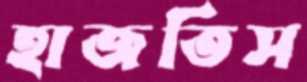
হাজতিস